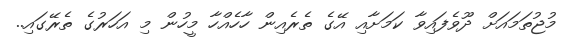
މުޖުތަމައަށް ދޫވެފައިވާ ކަމަށާއި އޭގެ ތެރެއިން ހާހެއްހާ މީހުން މި އަހަރުގެ ތެރޭގައި..